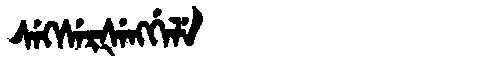
Manchu: ᠰᡝᡴᠰᡝᡵᡧᡝᠩᡤᡝᠯᡝ
Romanization: SEKSERŠENGGELE